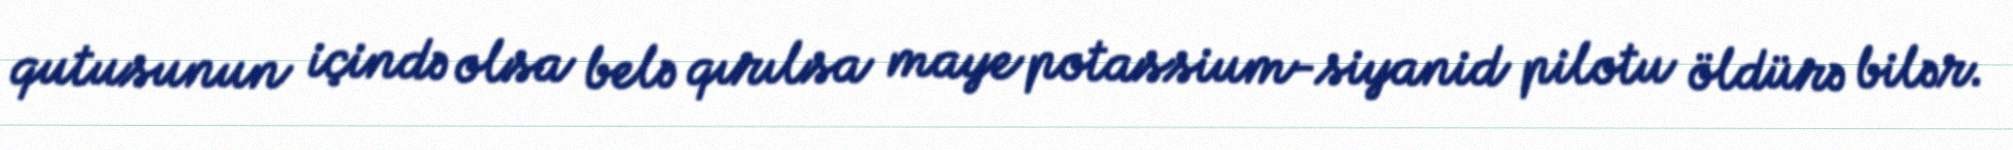
qutusunun içində olsa belə qırılsa maye potassium-siyanid pilotu öldürə bilər.